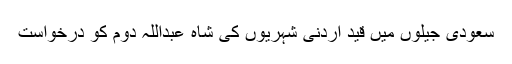
سعودی جیلوں میں قید اردنی شہریوں کی شاہ عبداللہ دوم کو درخواست